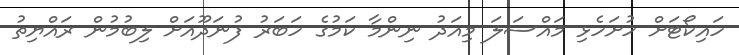
ހައިކޯޓަށް ހުށަހެޅި މައްސަލަ މިއަދު ނިންމާ ކަމުގެ ހަބަރު ފުނަދޫއަށް ލިބުމުން ރައްޔިތު